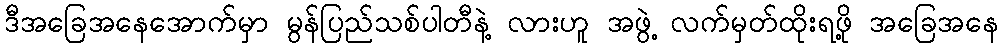
ဒီအခြေအနေအောက်မှာ မွန်ပြည်သစ်ပါတီနဲ့ လားဟူ အဖွဲ့ လက်မှတ်ထိုးရဖို့ အခြေအနေ